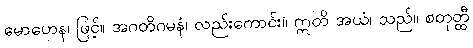
မောဟေန၊ ဖြင့်။ အဂတိဂမနံ၊ လည်းကောင်း။ ဣတိ အယံ၊ သည်။ စတုတ္ထီ